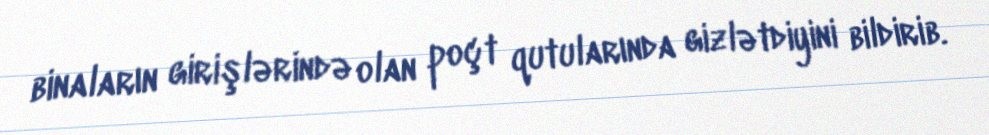
binaların girişlərində olan poçt qutularında gizlətdiyini bildirib.